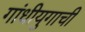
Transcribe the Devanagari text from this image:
गांधीयुगाची